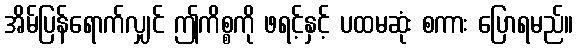
အိမ်ပြန်ရောက်လျှင် ဤကိစ္စကို ဖရင့်နှင့် ပထမဆုံး စကား ပြောရမည်။